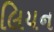
લિયન